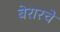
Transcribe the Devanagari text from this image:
बेरारचे